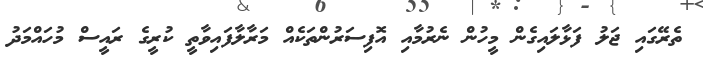
ތެރޭގައި ޖަލު ފަޅާލައިގެން މީހުން ނެރުމާއި އޮފިސަރުންތަކެއް މަރާލާފައިވާތީ ކުރީގެ ރައީސް މުހައްމަދު